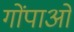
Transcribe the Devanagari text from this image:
गोंपाओं